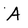
Character: A